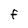
Character: F